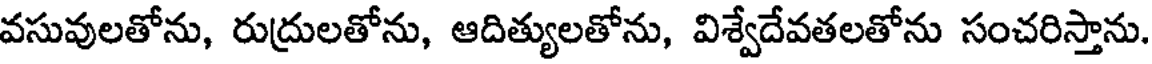
వసువులతోను, రుద్రులతోను, ఆదిత్యులతోను, విశ్వేదేవతలతోను సంచరిస్తాను.